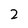
Character: 2